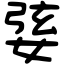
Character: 婱